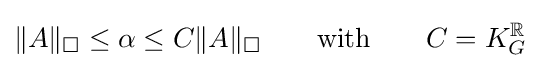
\|A\|_{\square }\leq \alpha \leq C\|A\|_{\square }\qquad {\text{with}}\qquad C=K_{G}^{\mathbb {R} }